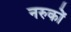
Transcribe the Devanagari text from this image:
नरुकों